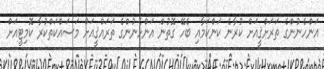
އަންހެނުންގެ ތަރަށްޤީއަށް ކުރާނެ ކަންކަމާއި ބެހޭ ގޮތުން އަންހެނުންގެ ތަރައްޤީއަށް މަސައްކަތްކުރާ ކޮމިޓީއަށް